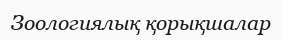
Зоологиялық қорықшалар